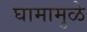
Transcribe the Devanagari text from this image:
घामामुळे